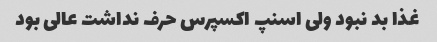
غذا بد نبود ولی اسنپ اکسپرس حرف نداشت عالی بود